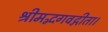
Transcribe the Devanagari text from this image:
श्रीमद्भगवद्गीता।